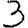
Digit: 3